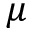
\mu